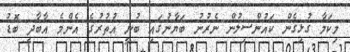
މިކަމާ ގުޅިގެން ކައުންސިލުން ނެރުނު ބަޔާނުގައި ބުނީ އުތުރުގެ އެންމެ އާބާދީ ބޮޑު